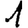
Digit: 1